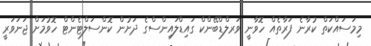
މިމަސައްކަތް ކުރާނެ ފަރާތެއް ހޮވާނީ ވަރލްޑްބޭންކް ގައިޑްލައިންސްގެ ދަށުން ކޮންސަލްޓެންޓް ހޮވުމަށް ޖަނަވަރީ